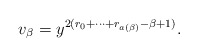
\begin{align*}v_\beta = y^{2(r_0+\cdots + r_{a(\beta)}-\beta+1)}.\end{align*}